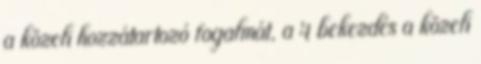
a közeli hozzátartozó fogalmát, a 4 bekezdés a közeli